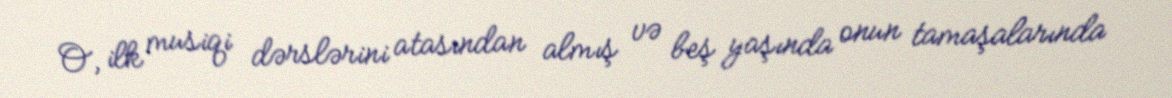
O, ilk musiqi dərslərini atasından almış və beş yaşında onun tamaşalarında